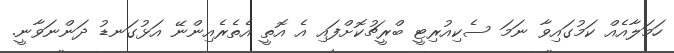
ހަމަލާއެއް ކަމުގައިވާ ނަމަ ސެކިއުރިޓީ ބްރީޗުކޮށްފައި އެ އޮތީ އެތެރެއިންނޭ އަޅުގަނޑު ދަންނަވާނީ.